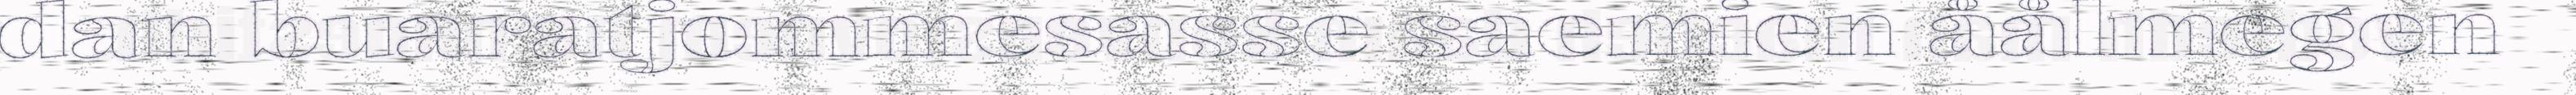
dan buaratjommesasse saemien åålmegen